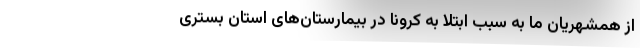
از همشهریان ما به سبب ابتلا به کرونا در بیمارستان‌های استان بستری